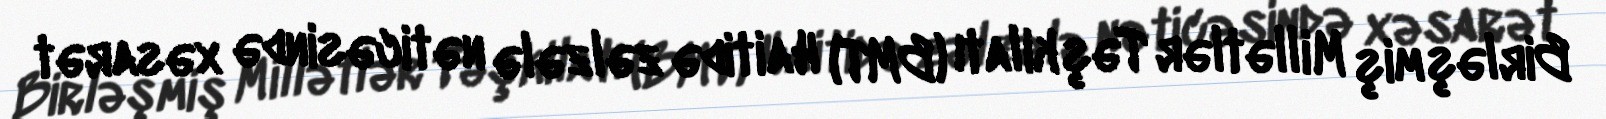
Birləşmiş Millətlər Təşkilatı (BMT) Haitidə zəlzələ nəticəsində xəsarət